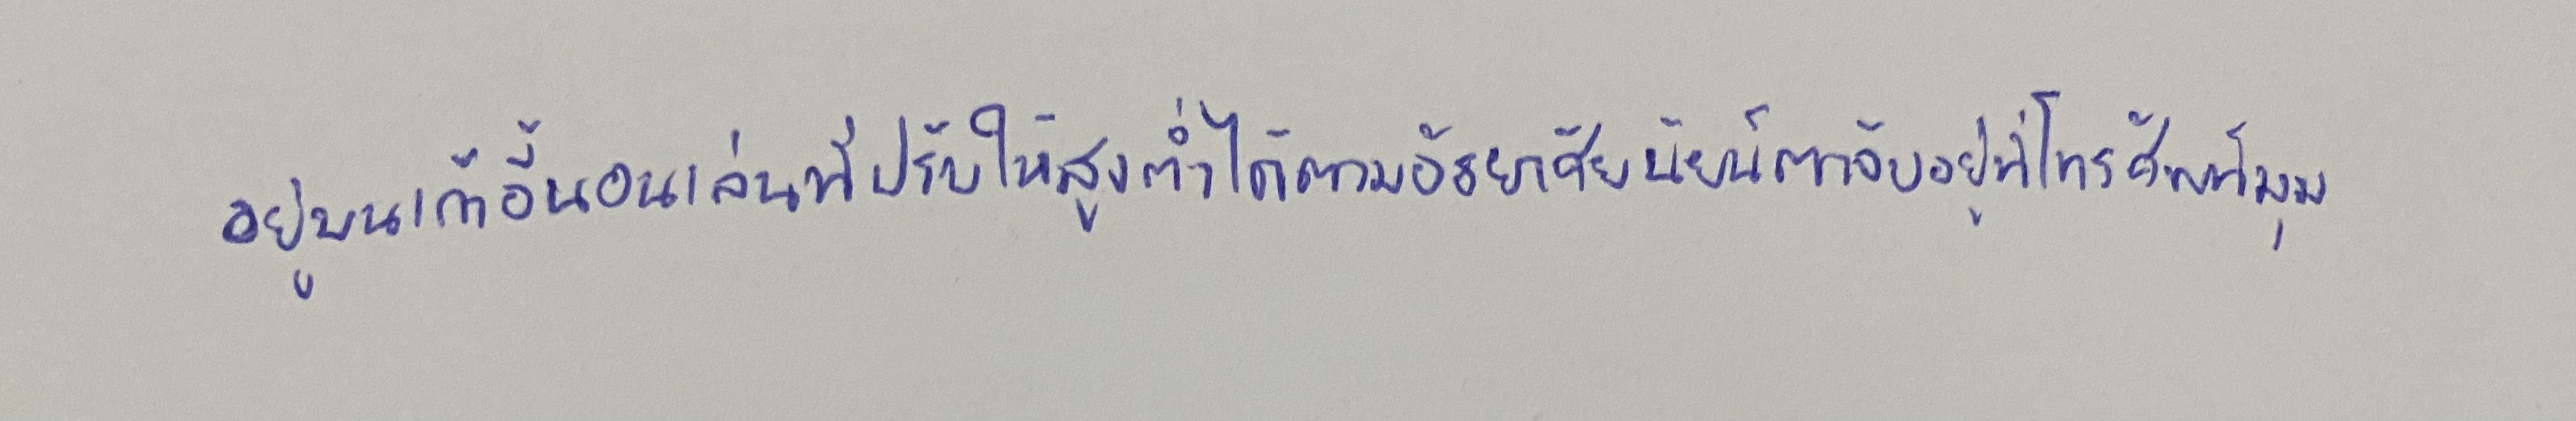
อยู่บนเก้าอี้นอนเล่นที่ปรับให้สูงต่ำได้ตามอัธยาศัยนัยน์ตาจับอยู่ที่โทรศัพท์มุม